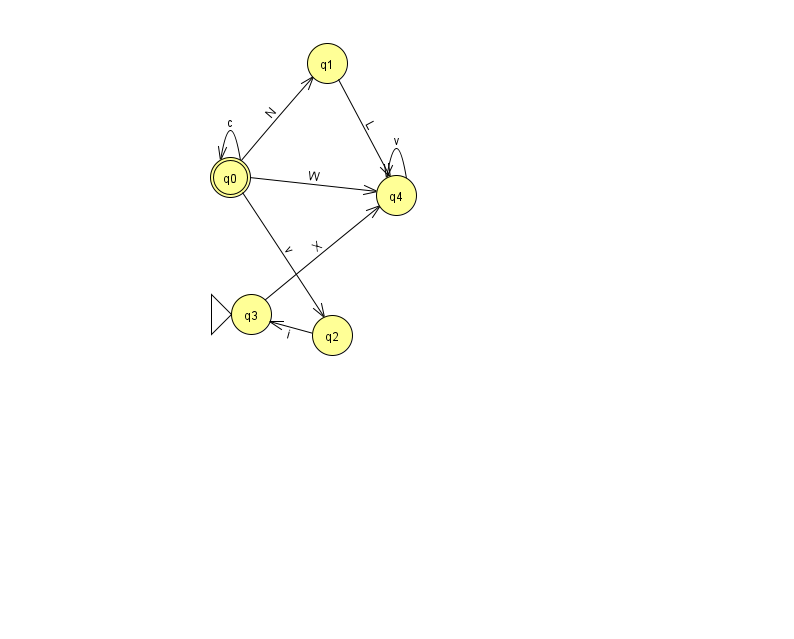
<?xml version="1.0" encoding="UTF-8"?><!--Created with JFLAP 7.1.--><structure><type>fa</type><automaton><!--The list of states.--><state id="0" name="q0"><x>230.0</x><y>164.0</y><final/></state><state id="1" name="q1"><x>327.0</x><y>50.0</y></state><state id="2" name="q2"><x>332.0</x><y>322.0</y></state><state id="3" name="q3"><x>251.0</x><y>301.0</y><initial/></state><state id="4" name="q4"><x>396.0</x><y>182.0</y></state><!--The list of transitions.--><transition><from>0</from><to>2</to><read>v</read></transition><transition><from>0</from><to>0</to><read>c</read></transition><transition><from>1</from><to>4</to><read>L</read></transition><transition><from>2</from><to>3</to><read>i</read></transition><transition><from>4</from><to>4</to><read>v</read></transition><transition><from>0</from><to>4</to><read>W</read></transition><transition><from>0</from><to>1</to><read>N</read></transition><transition><from>3</from><to>4</to><read>X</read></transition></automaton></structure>